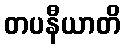
တပနီယာတိ